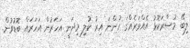
ލިބޭ މުސާރަކޮޅު އެެއްވަރެއްގަ ހުންނަ އިރު ކުލި މިދަނީ އަހަރުން އަހަރައް ބޮޑުވުން.